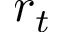
r _ { t }